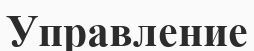
Управление